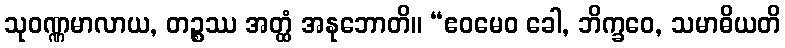
သုဝဏ္ဏမာလာယ, တဉ္စဿ အတ္ထံ အနုဘောတိ။ “ဧဝမေဝ ခေါ, ဘိက္ခဝေ, သမာဓိယတိ